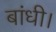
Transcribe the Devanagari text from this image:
बांधी।